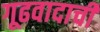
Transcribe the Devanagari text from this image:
गूढवादाची